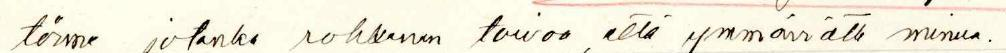
tönne, jotenka rohkenen toivoa, että ymmärrätte minua.